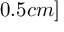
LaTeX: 0 . 5 c m ]